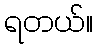
ရတယ်။